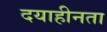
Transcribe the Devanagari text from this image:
दयाहीनता